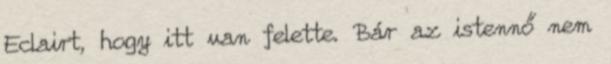
Eclairt, hogy itt van felette. Bár az istennő nem